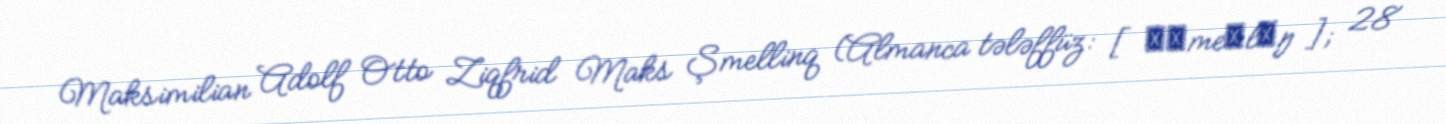
Maksimilian Adolf Otto Ziqfrid Maks Şmellinq (Almanca tələffüz: [ˈʃmeːlɪŋ]; 28